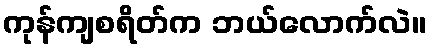
ကုန်ကျစရိတ်က ဘယ်လောက်လဲ။